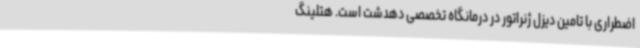
اضطراری با تامین دیزل ژنراتور در درمانگاه تخصصی دهدشت است. هتلینگ